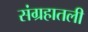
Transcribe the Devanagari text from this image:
संग्रहातली